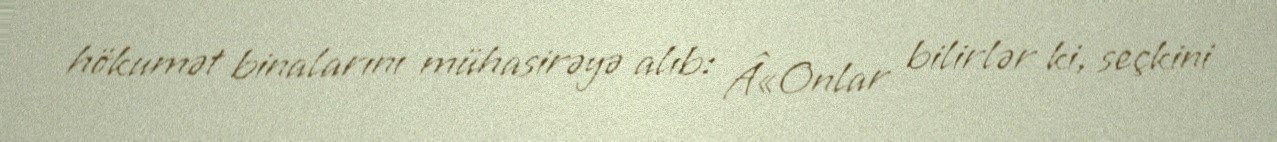
hökumət binalarını mühasirəyə alıb: Â«Onlar bilirlər ki, seçkini